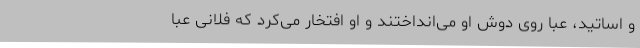
و اساتید، عبا روی دوش او می‌انداختند و او افتخار می‌کرد که فلانی عبا